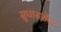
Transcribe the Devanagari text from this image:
सुधासरोवर